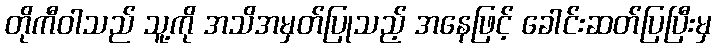
တိုကီဝါသည် သူ့ကို အသိအမှတ်ပြုသည့် အနေဖြင့် ခေါင်းဆတ်ပြပြီးမှ